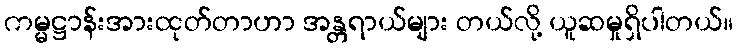
ကမ္မဋ္ဌာန်းအားထုတ်တာဟာ အန္တရာယ်များ တယ်လို့ ယူဆမှုရှိပါတယ်။